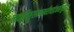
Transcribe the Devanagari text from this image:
लवङ्गहिङ्गुलवणमरीचार्द्रकसंयुतम्॥